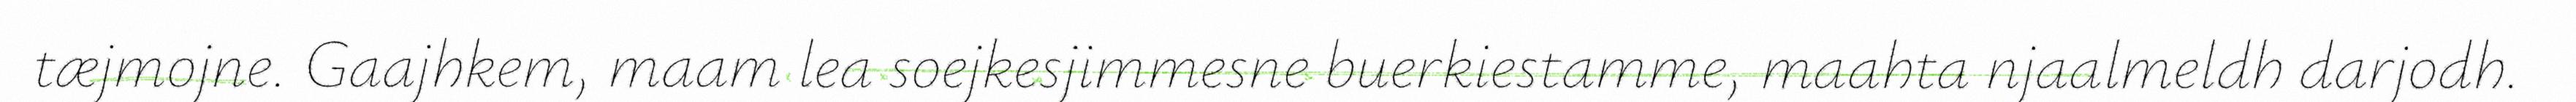
tæjmojne. Gaajhkem, maam lea soejkesjimmesne buerkiestamme, maahta njaalmeldh darjodh.